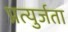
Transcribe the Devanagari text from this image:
प्रत्युर्जता